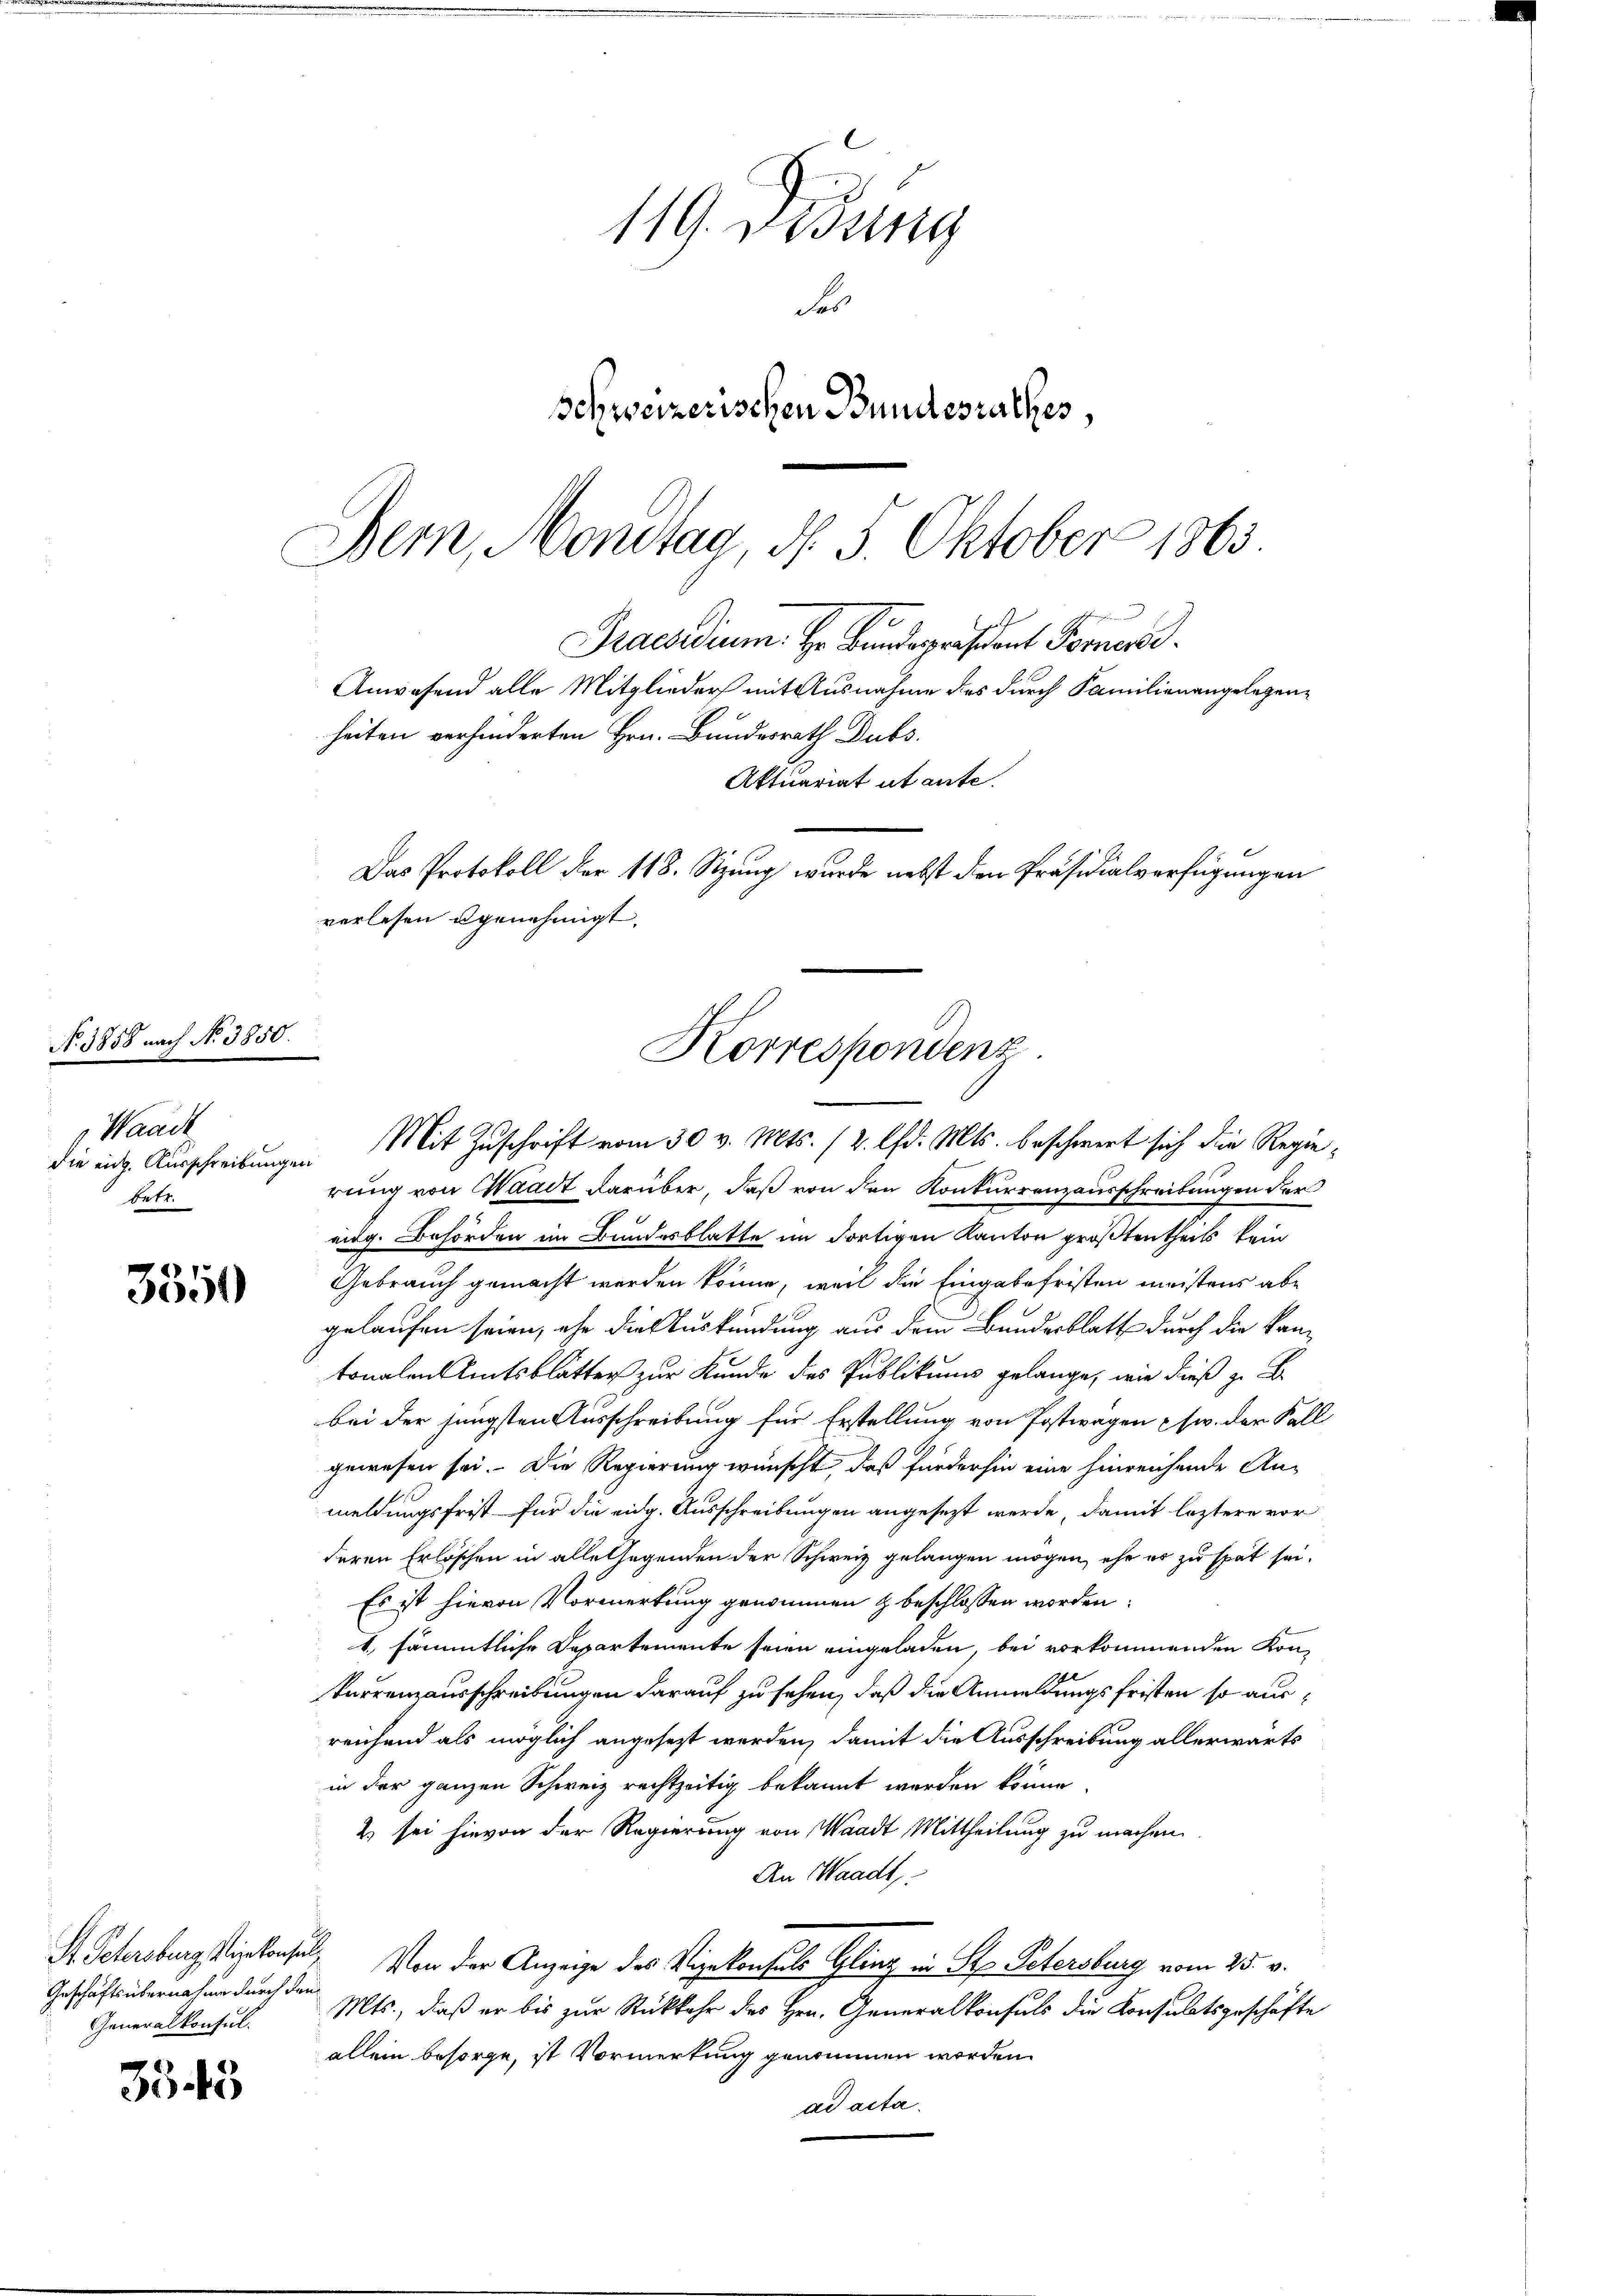
Waadt
die eing. Ausschreibungen
betr.

No. 1858 nach No 3850.

3350

Geschäftsübernahme durch den

3343

119. Didung
Ses
schweizerischen Bundesrathes,
Bern, Mondtag, N. 5. Oktober 1863

Praesidium. Hr. Bundepräsident Former
Anwesend alle Mitglieder mit Ausnahme des durch Familienangelegenheiten verhinderten Hrn. Bundesrath Dubs.
Das Protokoll der 118. Sizung wurde nebst den Präsidialverfügungen
verlesen genehmigt.
Korrespondenz.
Mit Zuschrift vom 30 v. Mts. (2. lfd. Mts. beschwert sich die Regie¬

rung von Waadt darüber, daß von den Konkurrenzausschreibungen der
eidg. Behörden im Bundesblatte im dortigen Kanton größten theils kein
Gebrauch gemacht werden könne, weil die Eingabefristen meistens abe
gelaufen seien, ihn die Auskündung aus dem Bundesblatt durch die kantonalen Amtsblätter zur Kunde des Publikums gelange, wie dieß zu B
bei der jüngsten Ausschreibung für Erstellung von Postwagen usw. der Fall
gewesen sei. Die Regierung wünscht, daß fürderhin eine hinreichende An-
meldungsfrist für die eidg. Ausschreibungen angesezt werde, damit leztere vor
deren Erlöschen in alle Gegenden der Schweiz gelangen mögen, ehe es zu spät sei.
Es ist hievon Vormerkung genommen & beschlossen worden:
1. sämmtliche Departemente seien eingeladen, bei vorkommenden Konkarrenzausschreibungen darauf zu sehen, daß die Anmeldungsfristen so ausreichend als möglich angesezt werden, damit die Ausschreibung allerwärts
in der ganzen Schweiz rechtzeitig bekannt werden könne,
2) sei hievon der Regierung von Waadt Mittheilung zu machen.
An Waadt,
S. Schribergischensel, Von der Anzeige des Vizekonsuls Gling in St. Petersburg vom 25. v.
Generalkonsul. Mts., daß er bis zur Rückkehr des Hrn. Generalkonsuls die Konsulatsgeschäfte
allein besorge, ist Vormerkung genommen worden.
ad acta.

Aktuariat utante.